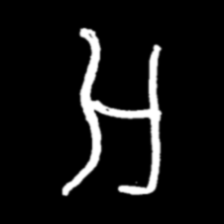
Pyu character \u2014 Myanmar letter: အ (romanized: a)